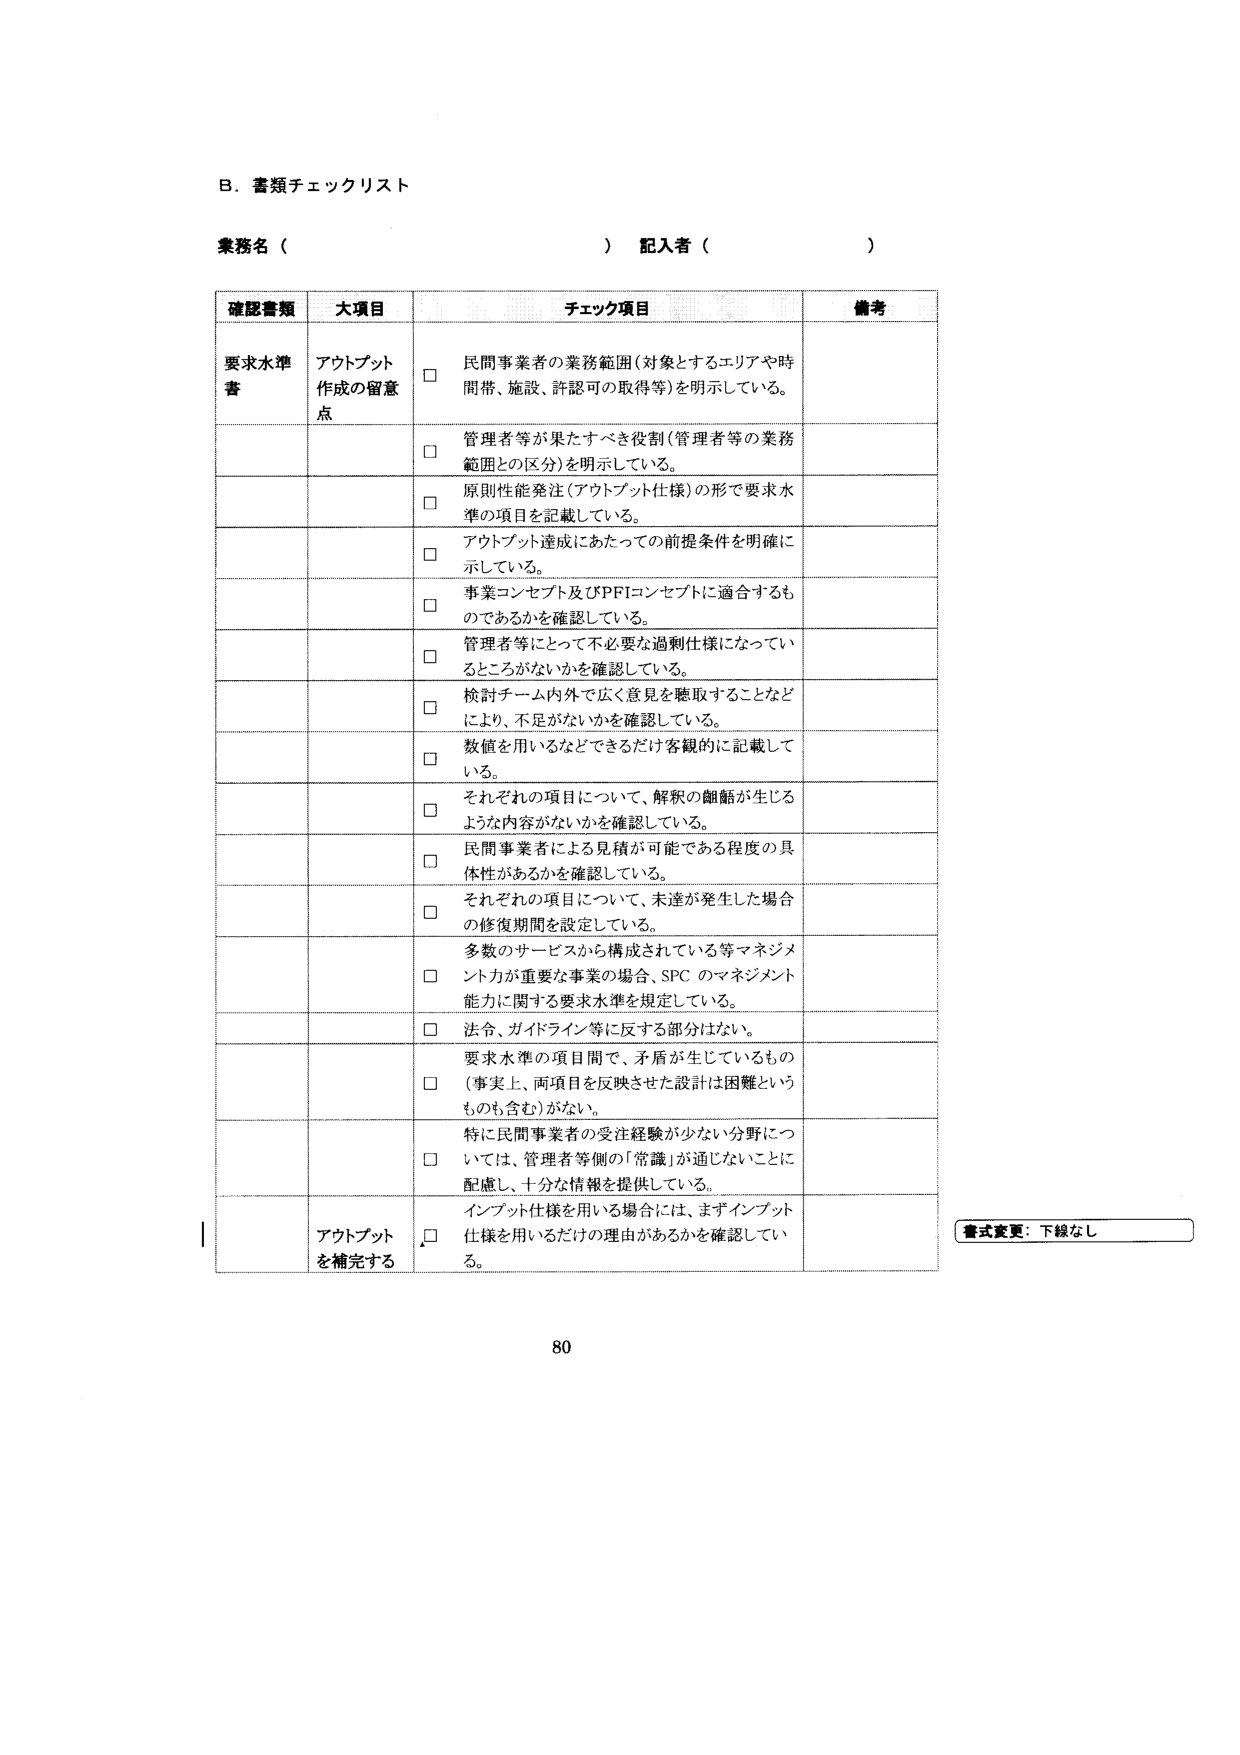
B. 書類チェックリスト

業務名（　　　　　　　　　　　　　　） 記入者（　　　　　　　　　　　　　　）

確認書類　大項目　チェック項目　備考

要求水準書　アウトプット作成の留意点　□ 民間事業者の業務範囲（対象とするエリアや時間帯、施設、許認可の取得等）を明示している。
　　　　　　　　　　　　　　　　　　□ 管理者等が果たすべき役割（管理者等の業務範囲との区分）を明示している。
　　　　　　　　　　　　　　　　　　□ 原則性能発注（アウトプット仕様）の形で要求水準の項目を記載している。
　　　　　　　　　　　　　　　　　　□ アウトプット達成にあたっての前提条件を明確に示している。
　　　　　　　　　　　　　　　　　　□ 事業コンセプト及びPFIコンセプトに適合するものであるかを確認している。
　　　　　　　　　　　　　　　　　　□ 管理者等にとって不必要な過剰仕様になっていないところがないかを確認している。
　　　　　　　　　　　　　　　　　　□ 検討チーム内外で広く意見を聴取することなどにより、不足がないかを確認している。
　　　　　　　　　　　　　　　　　　□ 数値を用いるなどできるだけ客観的に記載している。
　　　　　　　　　　　　　　　　　　□ それぞれの項目について、解釈の齟齬が生じるような内容がないかを確認している。
　　　　　　　　　　　　　　　　　　□ 民間事業者による見積が可能である程度の具体性があるかを確認している。
　　　　　　　　　　　　　　　　　　□ それぞれの項目について、未達が発生した場合の修復期間を設定している。
　　　　　　　　　　　　　　　　　　□ 多数のサービスから構成されている等マネジメント力が重要な事業の場合、SPCのマネジメント能力に関する要求水準を規定している。
　　　　　　　　　　　　　　　　　　□ 法令、ガイドライン等に反する部分はない。
　　　　　　　　　　　　　　　　　　□ 要求水準の項目間で、矛盾が生じているもの（事実上、両項目を反映させた設計は困難というものも含む）がない。
　　　　　　　　　　　　　　　　　　□ 特に民間事業者の受注経験が少ない分野については、管理者等側の「常識」が通じないことに配慮し、十分な情報を提供している。
　　　　　　　　　　　　　　　　　　□ インプット仕様を用いる場合には、まずインプット仕様を用いるだけの理由があるかを確認している。

　　　　　　　　　　　　　　　　　　アウトプットを補完する

書式変更：下線なし

80